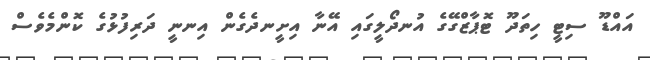
އައްޑޫ ސިޓީ ހިތަދޫ ޓޮޕާޒްގޭގެ އުނދޯލީގައި އޭނާ އިށީނދެގެން އިނނީ ދަރިފުޅުގެ ކޮންމެވެސް